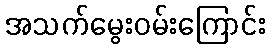
အသက်မွေးဝမ်းကြောင်း